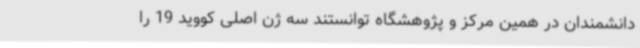
دانشمندان در همین مرکز و پژوهشگاه توانستند سه ژن اصلی کووید 19 را